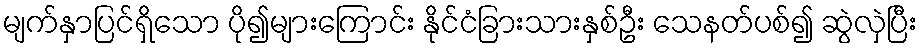
မျက်နှာပြင်ရှိသော ပို၍များကြောင်း နိုင်ငံခြားသားနှစ်ဦး သေနတ်ပစ်၍ ဆွဲလှဲပြီး